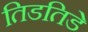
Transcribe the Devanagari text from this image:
तिडतिडे